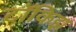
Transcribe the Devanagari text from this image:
टॉकिझ